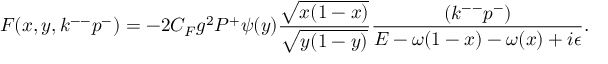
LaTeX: F ( x , y , k ^ { -- } p ^ { - } ) = - 2 C _ { F } g ^ { 2 } P ^ { + } \psi ( y ) { \frac { \sqrt { x ( 1 - x ) } } { \sqrt { y ( 1 - y ) } } } { \frac { ( k ^ { -- } p ^ { - } ) } { { \cal E } - \omega ( 1 - x ) - \omega ( x ) + i \epsilon } } .